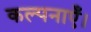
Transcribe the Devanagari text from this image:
कल्पनाएँ।